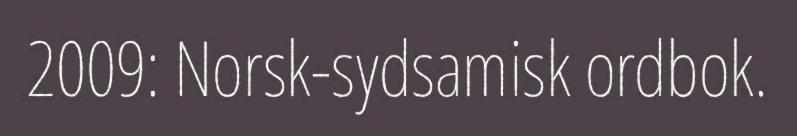
2009: Norsk-sydsamisk ordbok.